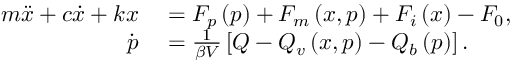
\begin{array} { r l } { m \ddot { x } + c \dot { x } + k x } & { { } = F _ { p } \left( p \right) + F _ { m } \left( x , p \right) + F _ { i } \left( x \right) - F _ { 0 } , } \\ { \dot { p } } & { { } = \frac { 1 } { \beta V } \left[ Q - Q _ { v } \left( x , p \right) - Q _ { b } \left( p \right) \right] . } \end{array}